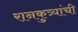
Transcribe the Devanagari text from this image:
रानकुत्र्यांची